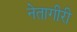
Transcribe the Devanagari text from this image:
नेतागीरी